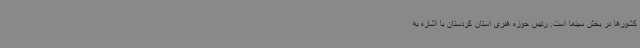
کشورها در بخش سینما است. رئیس حوزه هنری استان کردستان با اشاره به